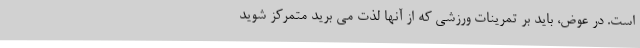
است. در عوض، باید بر تمرینات ورزشی که از آنها لذت می برید متمرکز شوید